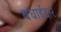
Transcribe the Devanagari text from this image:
बधाईदार